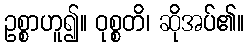
ဥစ္စာဟူ၍။ ဝုစ္စတိ၊ ဆိုအပ်၏။